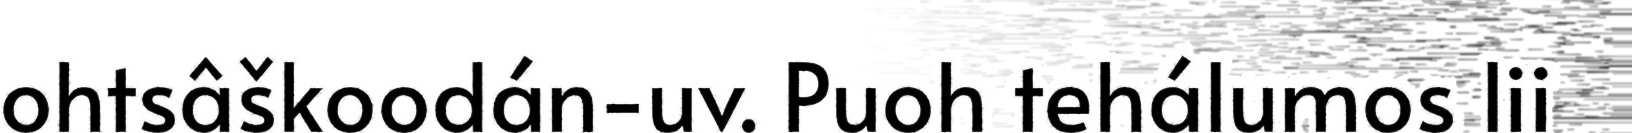
ohtsâškoodán-uv. Puoh tehálumos lii